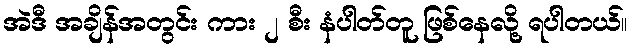
အဲဒီ အချိန်အတွင်း ကား ၂ စီး နံပါတ်တူ ဖြစ်နေလို့ ရပါတယ်။